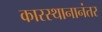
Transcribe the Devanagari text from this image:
कारस्थानानंतर